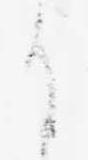
日